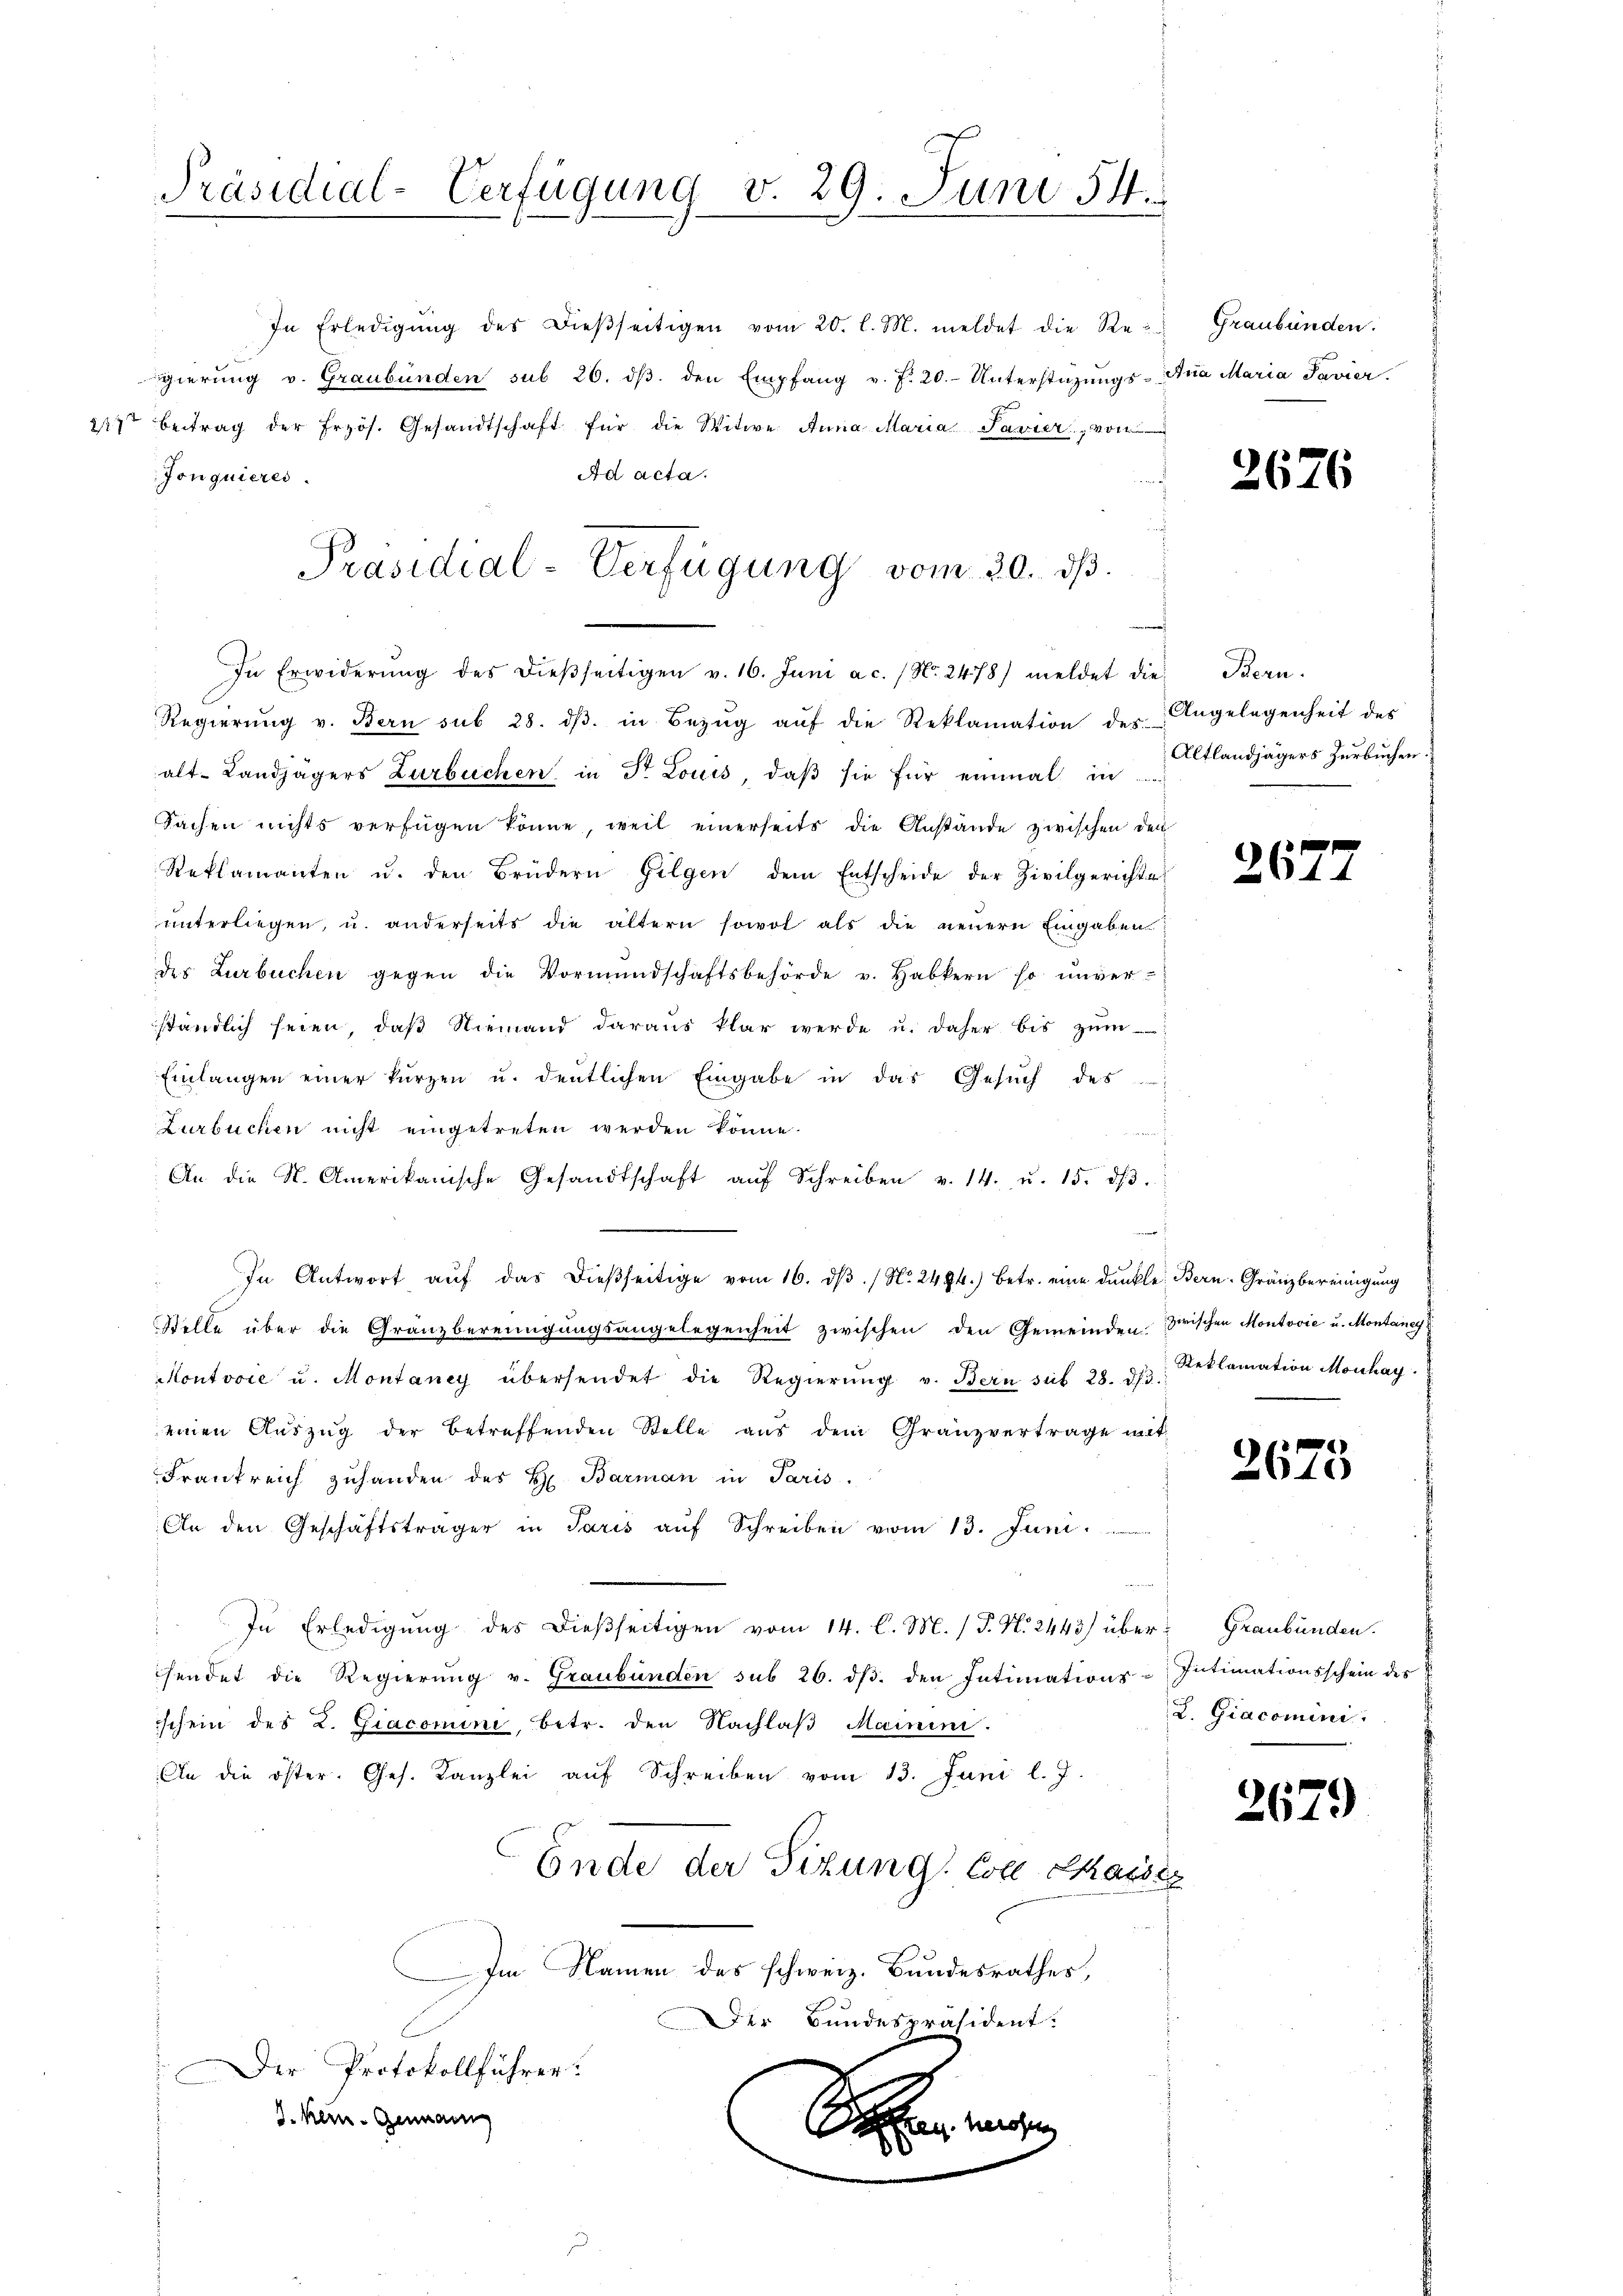
Präsidial-Verfügung v. 29. Juni 54.

In Erledigŭng des dieβseitigen vom 20. l. M. meldet die Regierŭng v. Graubünden sub 26. dβ den Empfang v. J. 20.- Unterstüzungs-Ana Maria Pavier
217 betrag der frzös. Gesandtschaft für die Witwe Anna Maria Pavier, von
Ad acta.
Jonquieres.
In Erwiderŭng des dieβseitigen v. 16. Juni a.c. (N. 2478) meldet die
Regierŭng v. Bern sub 28. dβ. in Bezŭg aŭf die Reklamation des Angelegenheit des
alt-Landjägers Zurbüchen in Dr Louis, daβ sie für einmal in
Sachen nichts verfügen könne, weil einerseits die Anstände zwischen den
Reklamanten u. den Brüdern Gilgen dem Entscheide der Zivilgerichte
unterliegen, u. anderseits die ältern sowol als die neuern Eingaben
des Zurbuchen gegen die Vormŭndschaftsbehörde v. Habkern so unver-
ständlich seien, daβ Niemand daraus klar werde u. daher bis zŭm
Einlangen einer kürzen u. deutlichen Eingabe in das Gesŭch des
Zurbuchen nicht eingetreten werden könne.
An die St. Amerikanische Gesandtschaft aŭf Schreiben v. 14. u. 15. dβ.
In Antwort aŭf das dießseitige vom 16. dβ. / No. 2484.) Betr. eine dunkle Bern. Gränzbereinigung
Stelle über die Granzbereinigŭngsangelegenheit zwischen den Gemeindenzirischen Montović u. Montane
Montvoce u. Montaney übersendet die Regierŭng v. Bern sub 28. dβ. Reklamation Monhay
einen Auszug der betreffenden Stelle aus dem Granzvertrage mit
Frankreich zuhanden des H. Barman in Paris.
An den Geschäftsträger in Paris aŭf Schreiben vom 13. Juni
In Erledigung des dießseitigen vom 14. C. M. (T. N. 2443) über Graubünden.
hendet die Regierŭng v. Graubünden sub 26. dβ. den Intimations-Intimationsschein des
schein des L. Giacomini, betr. den Nachlaβ Mainini.
An die öster. Ges. Kanzlei aŭf Schreiben vom 13. Juni l. J.
Ende der Sitzung: Colle Chaise
Im Namen des schweiz. Bundesrathes,
Der Bundespräsident.
Der Protokollführer.

J. Kern - Genann
.

Präsidial-Verfügung vom 20. dβ.

Graubünden.

2676

Bern.
Altlandjägers Zurbuchen.

2677

2675

L. Giacomini

2679